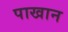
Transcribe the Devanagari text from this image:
पाखान